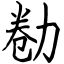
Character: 勌